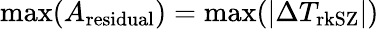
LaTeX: \operatorname*{max}(A_{\mathrm{residual}})=\operatorname*{max}(|\Delta T_{\mathrm{rkSZ}}|)